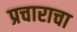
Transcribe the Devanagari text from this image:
प्रचाराचा